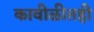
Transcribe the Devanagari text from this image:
कावीळीतही